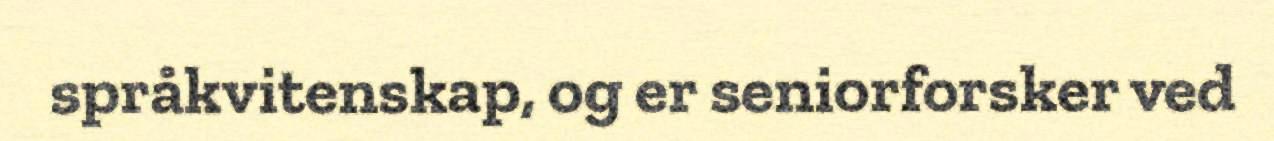
språkvitenskap, og er seniorforsker ved